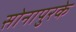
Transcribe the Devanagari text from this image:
सोनापुरके